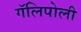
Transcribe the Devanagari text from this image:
गॅलिपोली